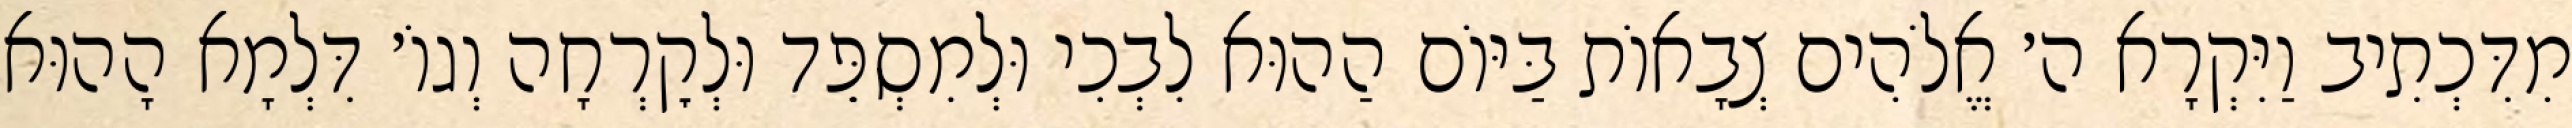
מִדִּכְתִיב וַיִּקְרָא ה׳ אֱלֹהִים צְבָאוֹת בַּיּוֹם הַהוּא לִבְכִי וּלְמִסְפֵּד וּלְקׇרְחָה וְגוֹ׳ דִּלְמָא הָהוּא